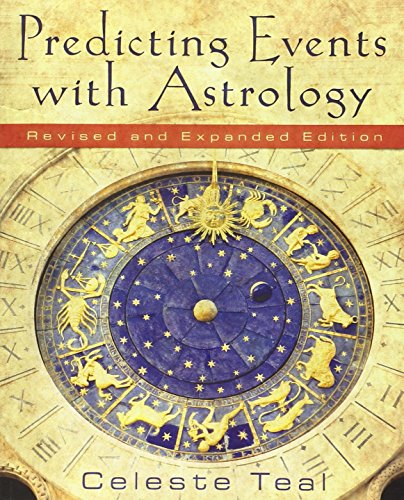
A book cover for Predicting Events With Astrology; Celeste Teal; Business & Money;